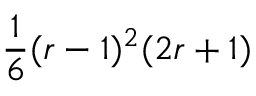
\frac { 1 } { 6 } ( r - 1 ) ^ { 2 } ( 2 r + 1 )